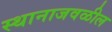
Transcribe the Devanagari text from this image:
स्थानाजवळील